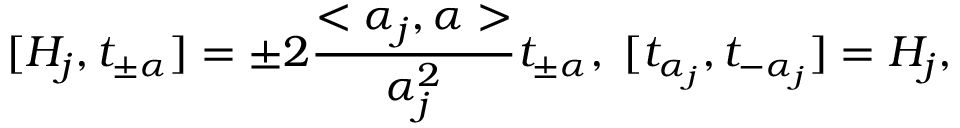
[ H _ { j } , t _ { \pm \alpha } ] = \pm 2 \frac { < \alpha _ { j } , \alpha > } { \alpha _ { j } ^ { 2 } } t _ { \pm \alpha } , \; [ t _ { \alpha _ { j } } , t _ { - \alpha _ { j } } ] = H _ { j } ,